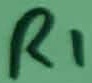
Text: R1